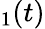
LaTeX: _1(t)